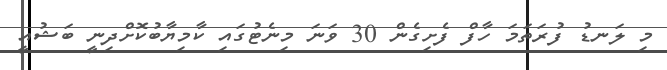
މި ލަނޑު ފުރަތަމަ ހާފް ފެށިގެން 30 ވަނަ މިނެޓުގައި ކާމިޔާބުކޮށްދިނީ ބަޝުއީ